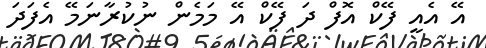
އޭ އެއީ ފޭކް އޮފް ދަ ފޭކް އޭ މަމެން ނުކުރާނަމޭ އެފަދަ